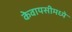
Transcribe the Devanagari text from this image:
केवायसीमध्ये